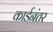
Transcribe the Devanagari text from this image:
कार्डनंतर